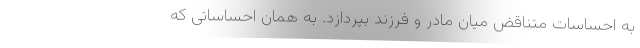
به احساسات متناقض میان مادر و فرزند بپردازد. به همان احساساتی که